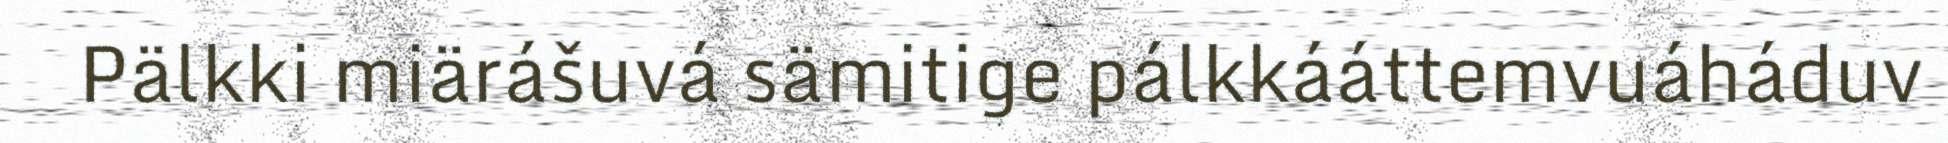
Pälkki miärášuvá sämitige pálkkááttemvuáháduv